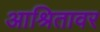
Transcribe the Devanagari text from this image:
आश्रितावर